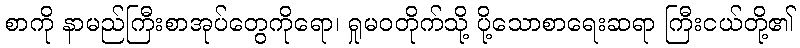
စာကို နာမည်ကြီးစာအုပ်တွေကိုရော၊ ရှုမဝတိုက်သို့ ပို့သောစာရေးဆရာ ကြီးငယ်တို့၏